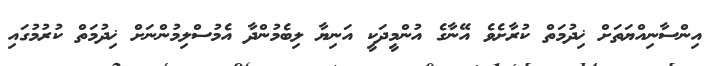
އިންސާނިއްޔަތަށް ޚިދުމަތް ކުރާށެވެ އޭނާގެ އުންމީދަކީ އަނިޔާ ލިބެމުންދާ އެމުސްލިމުންނަށް ޚިދުމަތް ކުރުމުގައި